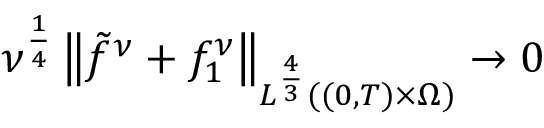
\nu ^ { \frac 1 4 } \left\lVert \tilde { f } ^ { \nu } + f _ { 1 } ^ { \nu } \right\rVert _ { L ^ { \frac 4 3 } ( ( 0 , T ) \times \Omega ) } \to 0